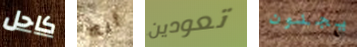
كاحل انه تعودين يجنون